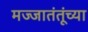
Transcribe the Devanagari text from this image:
मज्जातंतूंच्या